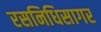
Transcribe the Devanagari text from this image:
रसनिधिसागर